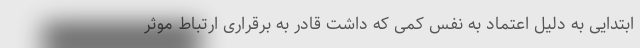
ابتدایی به دلیل اعتماد به نفس کمی که داشت قادر به برقراری ارتباط موثر